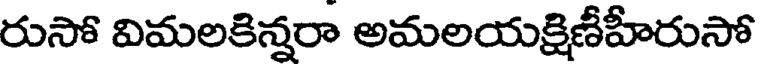
రుసో విమలకిన్నరా అమలయక్షిణీహీరుసో